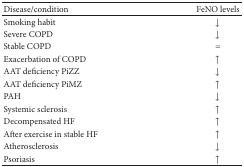
| Disease/condition | FeNO levels |
 | --- | --- |
 | Smoking habit | ↓ |
 | Severe COPD | ↓ |
 | Stable COPD | = |
 | Exacerbation of COPD | ↑ |
 | AAT deficiency PiZZ | ↓ |
 | AAT deficiency PiMZ | ↑ |
 | PAH | ↓ |
 | Systemic sclerosis | ↑ |
 | Decompensated HF | ↑ |
 | After exercise in stable HF | ↑ |
 | Atherosclerosis | ↓ |
 | Psoriasis | ↑ |